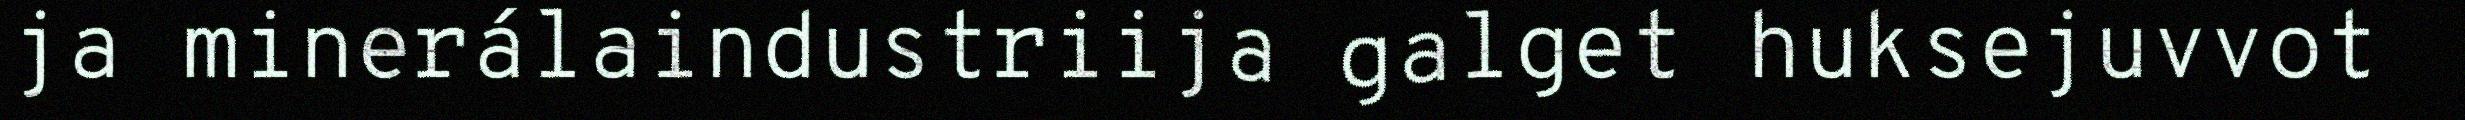
ja minerálaindustriija galget huksejuvvot